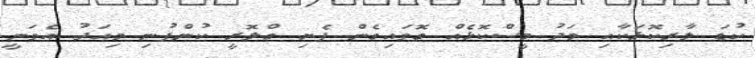
ކުޑަ ލާރިކޮޅަކާއި މަދު މީސްކޮޅެއް ގޮވައިގެން ފެށި ގްލޮރީ ކުންފުނި މިއަދު އެވަނީ